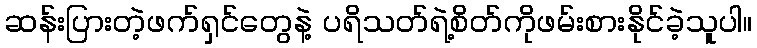
ဆန်းပြားတဲ့ဖက်ရှင်တွေနဲ့ ပရိသတ်ရဲ့စိတ်ကိုဖမ်းစားနိုင်ခဲ့သူပါ။